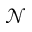
\mathcal { N }